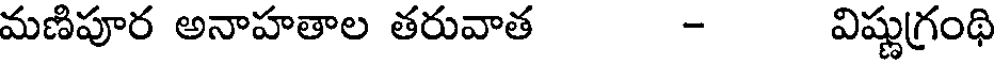
మణిపూర అనాహతాల తరువాత - విష్ణుగ్రంథి